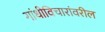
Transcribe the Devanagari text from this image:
गांधीविचारांवरील